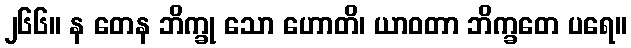
၂၆၆။ န တေန ဘိက္ခု သော ဟောတိ၊ ယာဝတာ ဘိက္ခတေ ပရေ။